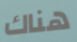
هناك